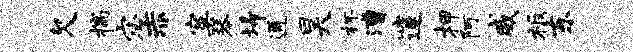
欠揣宓赤寞琴埽通昊杯漕邃柙阿威板东